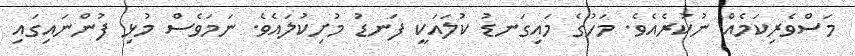
މަސްވެރިކަމެއް ނުކުރެއެވެ. މަހުގެ މައިގަނޑު ކުލައަކީ ފަނޑު މުށިކުލައެވެ. ނަމަވެސް މުޅި ފުންނައިގައި